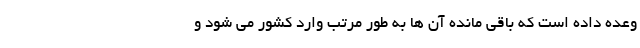
وعده داده است که باقی مانده آن ها به طور مرتب وارد کشور می ‌شود و